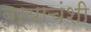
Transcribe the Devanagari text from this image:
बऱ्याचंशी